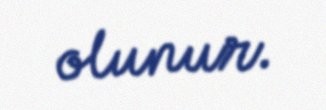
olunur.